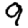
Digit: 9